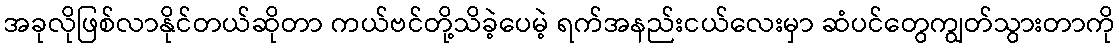
အခုလိုဖြစ်လာနိုင်တယ်ဆိုတာ ကယ်ဗင်တို့သိခဲ့ပေမဲ့ ရက်အနည်းငယ်လေးမှာ ဆံပင်တွေကျွတ်သွားတာကို